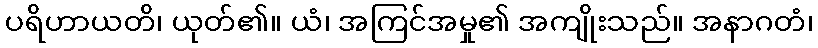
ပရိဟာယတိ၊ ယုတ်၏။ ယံ၊ အကြင်အမှု၏ အကျိုးသည်။ အနာဂတံ၊